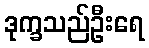
ဒုက္ခသည်ဦးရေ